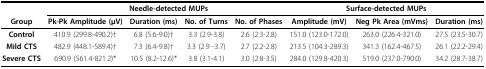
|  |  | <COLSPAN=3> Needle-detected MUPs | <COLSPAN=3> Surface-detected MUPs |
 | Group | Pk-Pk Amplitude (μV) | Duration (ms) | No. of Turns | No. of Phases | Amplitude (mV) | Neg Pk Area (mVms) | Duration (ms) |
 | --- | --- | --- | --- | --- | --- | --- | --- |
 | Control | 410.9 (299.8-490.2)† | 6.8 (5.6-9.0)† | 3.3 (2.9-3.8) | 2.6 (2.3-2.8) | 151.0 (123.0-172.0) | 263.0 (226.4-321.0) | 27.5 (23.5-30.7) |
 | Mild CTS | 482.9 (448.1-589.4)† | 7.3 (6.4-9.8)† | 3.3 (2.9 -3.7) | 2.7 (2.2-2.8) | 213.5 (104.3-289.3) | 341.3 (162.4-467.5) | 26.1 (22.2-29.4) |
 | Severe CTS | 690.9 (561.4-821.2)* | 10.5 (8.2-12.6)* | 3.8 (3.1-4.1) | 3.0 (2.8-3.5) | 284.0 (129.8-420.3) | 519.0 (237.0-790.0) | 34.2 (28.7-38.7) |